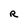
Character: R